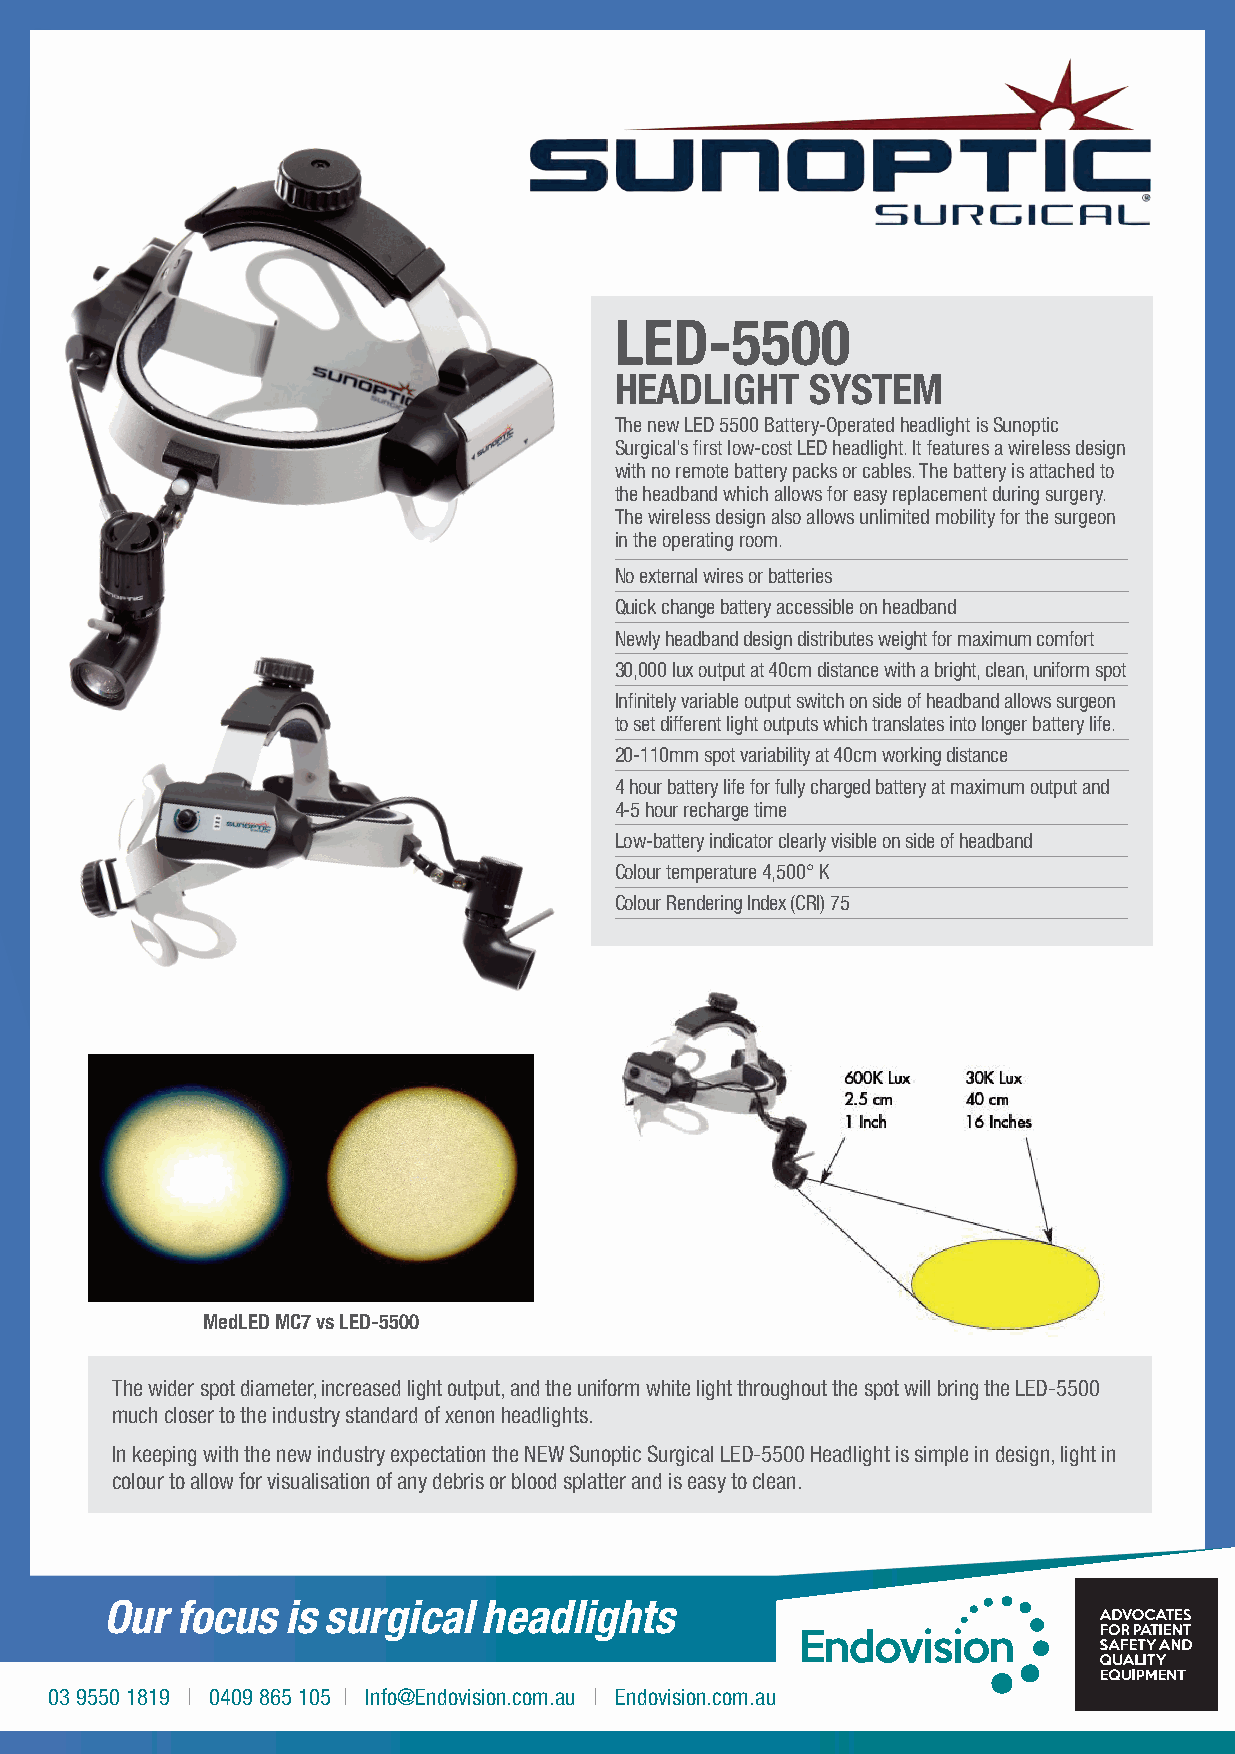
LED-5500
 HEADLIGHT    SYSTEM
 The new LED 5500 Battery-Operated headlight is Sunoptic
 Surgical’s first low-cost LED headlight. It features a wireless design
 with no remote battery packs or cables. The battery is attached to
 the headband which allows for easy replacement during surgery.
 The wireless design also allows unlimited mobility for the surgeon
 in the operating room.
 No external wires or batteries
 Quick change battery accessible on headband
 Newly headband design distributes weight for maximum comfort
 30,000 lux output at 40cm distance with a bright, clean, uniform spot
 Infinitely variable output switch on side of headband allows surgeon
 to set different light outputs which translates into longer battery life.
 20-110mm spot variability at 40cm working distance
 4 hour battery life for fully charged battery at maximum output and
 4-5 hour recharge time
 Low-battery indicator clearly visible on side of headband
 Colour temperature 4,500° K
 Colour Rendering Index (CRI) 75
 MedLED MC7 vs LED-5500
 The wider spot diameter, increased light output, and the uniform white light throughout the spot will bring the LED-5500
 much closer to the industry standard of xenon headlights.
 In keeping with the new industry expectation the NEW Sunoptic Surgical LED-5500 Headlight is simple in design, light in
 colour to allow for visualisation of any debris or blood splatter and is easy to clean.
 Our  focus  is surgical  headlights
 03 9550 1819 | 0409 865 105 | Info@Endovision.com.au | Endovision.com.au